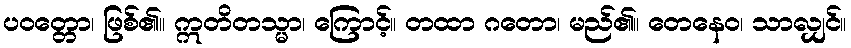
ပဝတ္တော၊ ဖြစ်၏။ ဣတိတသ္မာ၊ ကြောင့်။ တထာ ဂတော၊ မည်၏။ တေနေဝ၊ သာလျှင်။